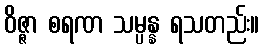
ဝိဇ္ဇာ စရဏ သမ္ပန္န ရသတည်း။